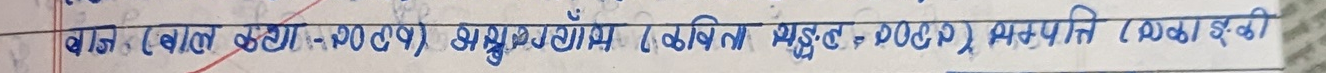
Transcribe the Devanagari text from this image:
बाज (बाल कथा - २००१) अयुग्याँस (कविता सङ्घट, २०६२) सम्पत्ति (एकाङ्‌की